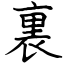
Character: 裏